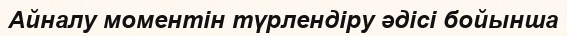
Айналу моментін түрлендіру әдісі бойынша